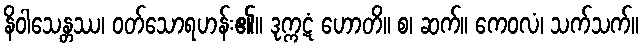
နိဝါသေန္တဿ၊ ဝတ်သောရဟန်း၏။ ဒုက္ကဋံ ဟောတိ။ စ၊ ဆက်။ ကေဝလံ၊ သက်သက်။